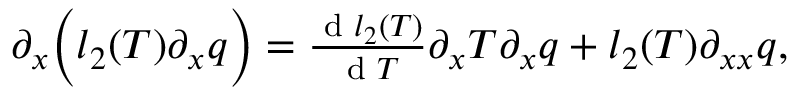
\begin{array} { r } { \partial _ { x } \Big ( l _ { 2 } ( T ) \partial _ { x } q \Big ) = \frac { \textrm { d } l _ { 2 } ( T ) } { \textrm { d } T } \partial _ { x } T \partial _ { x } q + l _ { 2 } ( T ) \partial _ { x x } q , } \end{array}